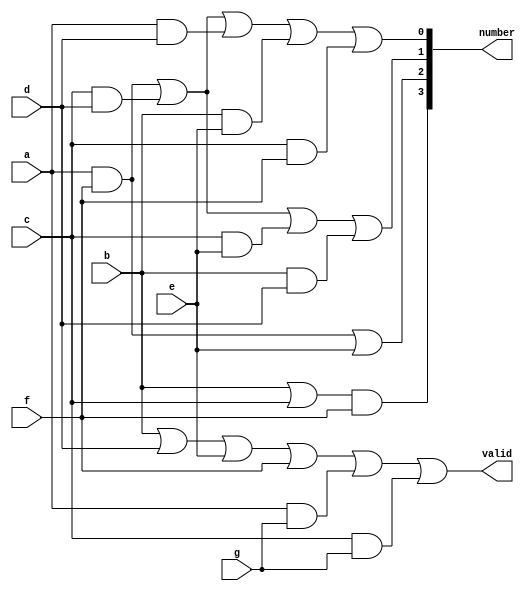
module keypad(valid, number, a, b, c, d, e, f, g);
   output 	valid;
   output [3:0] number;
   input 	a, b, c, d, e, f, g;
   wire   w1, w2, w3, w4, w5, w6, w7, w8, w9, w10;
   
   
   //stuff for determining valid
   or masterValidOr(valid, b, d, e, f, w1, w2);
   and gAndA(w1, a, g);
   and gAndC(w2, c, g);


   //stuff for determining number
   
   
   or bOrC(w3, b, c);
   and number3(number[3], w3, f);

   and aAndF(w4, a, f);
   or number2(number[2], w4, e);

   and cAndD(w5, c, d);
   and cAndE(w6, c, e);
   and bAndD(w7, b, d);
   or number1(number[1], w4, w5, w6, w7);

   and aAndD(w8, a, d);
   and bAndE(w9, b, e);
   and cAndF(w10, c, f);
   or number0(number[0], w4, w5, w8, w9, w10);


endmodule // keypad